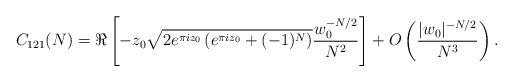
LaTeX: \begin{align*} C_{121}(N)=\Re\left[ -z_0 \sqrt{2 e^{\pi i z_0} \left(e^{\pi i z_0} + (-1)^N \right)} \frac{w_0^{-N/2}}{N^2} \right] +O\left( \frac{|w_0|^{-N/2}}{N^3}\right).\end{align*}